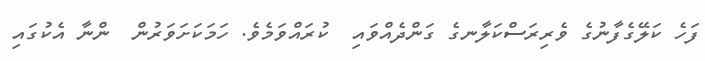
ފަހެ ކަލޭގެފާނުގެ ވެރިރަސްކަލާނގެ ގަންދެއްވައި  ކުރައްވަމެވެ. ހަމަކަށަވަރުން  ންނާ އެކުގައި